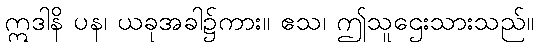
ဣဒါနိ ပန၊ ယခုအခါ၌ကား။ ဧသ၊ ဤသူဌေးသားသည်။